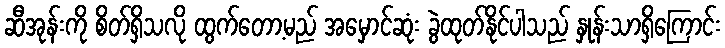
ဆီအုန်းကို စိတ်ရှိသလို ထွက်တော့မည် အမှောင်ဆုံး ခွဲထုတ်နိုင်ပါသည် နှုန်းသာရှိကြောင်း